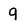
Character: 9